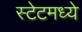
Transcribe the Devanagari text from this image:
स्टेटमध्ये